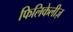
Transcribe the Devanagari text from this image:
फिलिकेलीज़